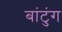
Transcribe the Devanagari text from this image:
बांटुंग